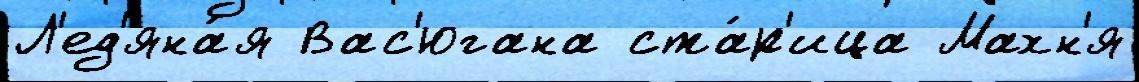
Л'ед'яна́я Вас'югана ста́р'ица Махн'я